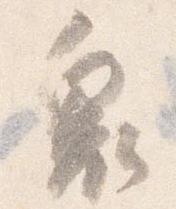
奥